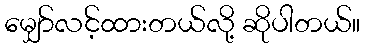
မျှော်လင့်ထားတယ်လို့ ဆိုပါတယ်။